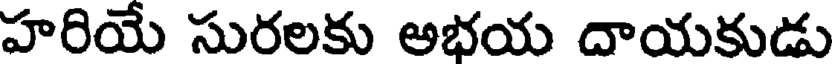
హరియే సురలకు అభయ దాయకుడు